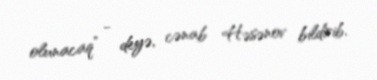
olunacaq” - deyə, cənab Həsənov bildirib.